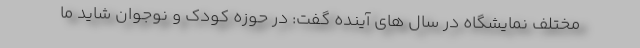
مختلف نمایشگاه در سال های آینده گفت: در حوزه کودک و نوجوان شاید ما